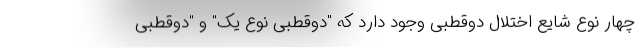
چهار نوع شایع اختلال دوقطبی وجود دارد که "دوقطبی نوع یک" و "دوقطبی